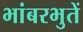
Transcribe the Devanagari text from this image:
भांबरभुतें